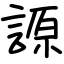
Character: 謜